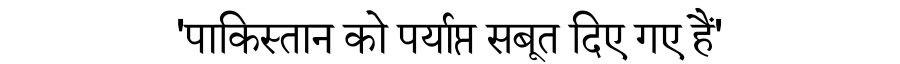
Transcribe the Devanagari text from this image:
'पाकिस्तान को पर्याप्त सबूत दिए गए हैं'